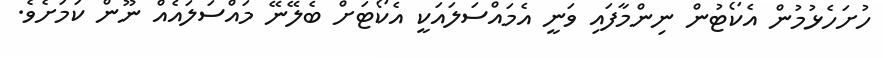
ހުށަހެޅުމުން އެކޯޓުން ނިންމާފައި ވަނީ އެމައްސަލައަކީ އެކޯޓަށް ބެލޭނޭ މައްސަލައެއް ނޫން ކަމަށެވެ.